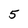
Character: 5